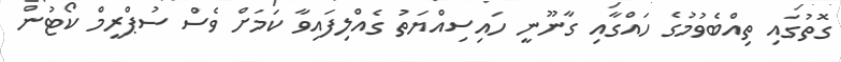
ގޮތުގައި ތިއްބެވުމުގެ ހައްގާއި ގާނޫނީ ހައިސިއްޔަތު ގެއްލިފައިވާ ކަމަށް ވެސް ސުޕްރީމް ކޯޓުން